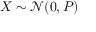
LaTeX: X \sim { \mathcal { N } } ( 0 , P ) \,